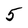
Character: 5